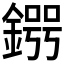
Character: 𨪒